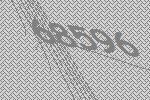
68596